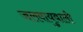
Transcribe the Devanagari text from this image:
जलवायुवाली